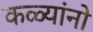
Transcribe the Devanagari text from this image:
कळ्यांनो